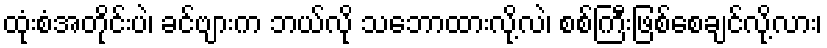
ထုံးစံအတိုင်းပဲ၊ ခင်ဗျားက ဘယ်လို သဘောထားလို့လဲ၊ စစ်ကြီးဖြစ်စေချင်လို့လား၊